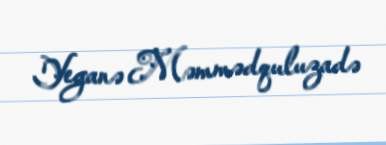
Yeganə Məmmədquluzadə